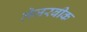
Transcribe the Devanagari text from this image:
लेजरबीक